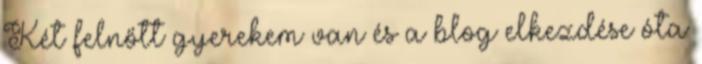
Két felnőtt gyerekem van és a blog elkezdése óta